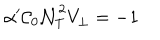
LaTeX: \alpha ^ { \prime } { \cal C } _ { 0 } { \cal N } _ { T } ^ { 2 } V _ { \bot } = - 1